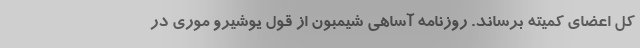
کل اعضای کمیته برساند. روزنامه آساهی شیمبون از قول یوشیرو موری در